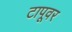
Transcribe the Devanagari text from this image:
टापूवर